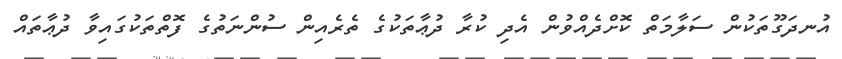
އުނދަގޫތަކުން ސަލާމަތް ކޮށްދެއްވުން އެދި ކުރާ ދުޢާތަކުގެ ތެރެއިން ސުންނަތުގެ ފޮތްތަކުގައިވާ ދުޢާތައް